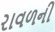
રાવળની